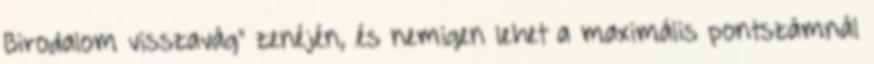
Birodalom visszavág" zenéjén, és nemigen lehet a maximális pontszámnál